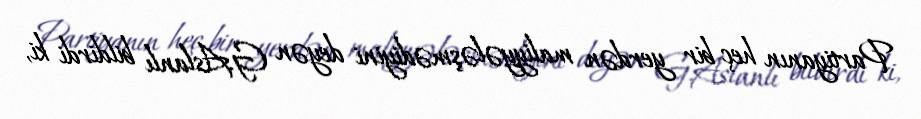
Partiyanın heç bir yerdən maliyyələşmədiyini deyən G.Aslanlı bildirdi ki,